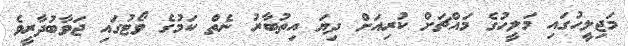
މަޖިލީހުގައި މަލީހުގެ މައްޗަށް ކުރިއަށް ދިޔަ އިތުބާރު ނެތް ކަމުގެ ވޯޓުގައި ޖަވާބުދާރީވެ